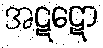
အဋဋော